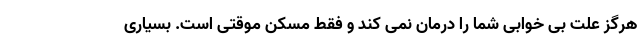
هرگز علت بی خوابی شما را درمان نمی کند و فقط مسکن موقتی است. بسیاری